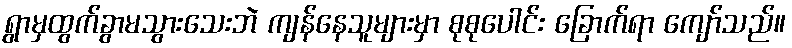
ရွာမှထွက်ခွာမသွားသေးဘဲ ကျန်နေသူများမှာ စုစုပေါင်း ခြောက်ရာ ကျော်သည်။